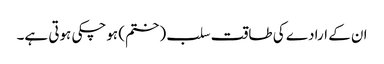
ان کے ارادے کی طاقت سلب (ختم) ہوچکی ہوتی ہے۔